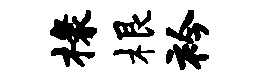
椽根衿